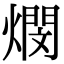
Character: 燘